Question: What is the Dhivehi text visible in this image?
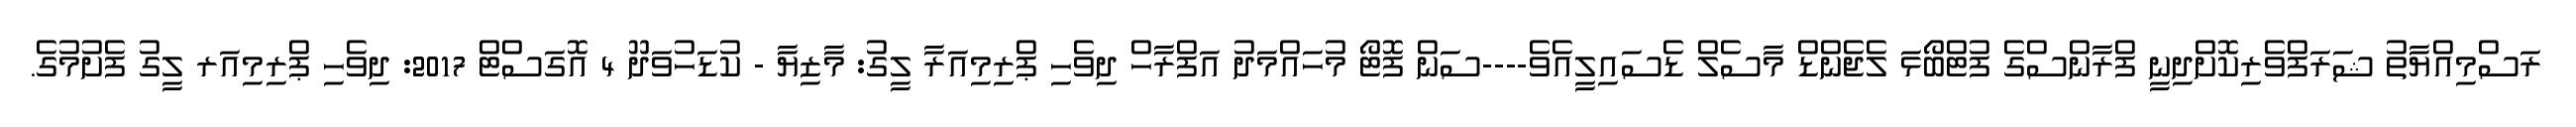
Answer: ރަސްމިއްޔާތު ޝަރަފްވެރިކޮށްދިނީ ފްރާންސްގެ ފުޓްބޯޅަ ލެޖެންޑް މާސެލް ޑެސައިލީއެވެ----ސަން ފޮޓޯ މުހައްމަދު އަފްރާހް ދިވެހި ޕްރިމިއަރާ ލީގު: މާޒިޔާ - ކުޑަހުވަދޫ 4 އޮގަސްޓް 2017: ދިވެހި ޕްރިމިއަރ ލީގު ފެށުމުގެ.